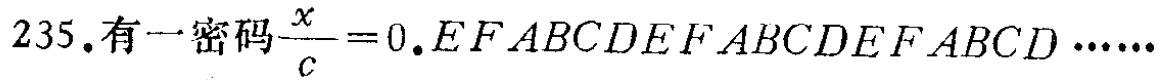
235.有一密码$\frac{x}{c}=0.\dot{EFABCD}\dot{EFABCD}\dot{EFABCD}\cdots\cdots$